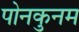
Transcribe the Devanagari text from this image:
पोनकुनम